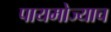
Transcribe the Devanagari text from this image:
पायमोज्याच